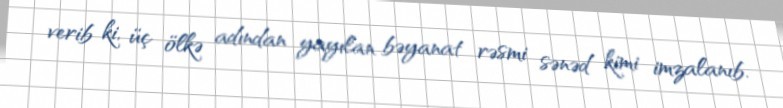
verib ki, üç ölkə adından yayılan bəyanat rəsmi sənəd kimi imzalanıb.